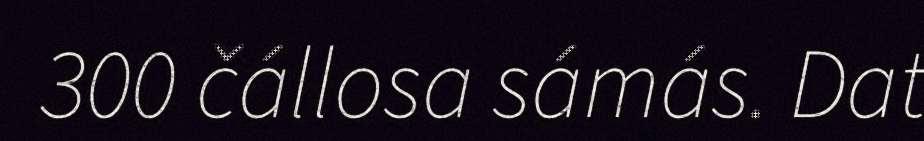
300 čállosa sámás. Dat